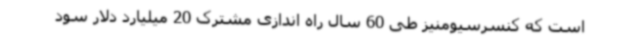
است که کنسرسیومنیز طی 60 سال راه اندازی مشترک 20 میلیارد دلار سود